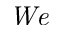
{ \it W e }